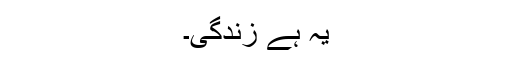
یہ ہے زندگی۔